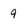
Character: 9